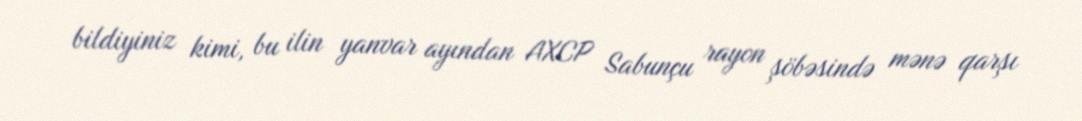
bildiyiniz kimi, bu ilin yanvar ayından AXCP Sabunçu rayon şöbəsində mənə qarşı